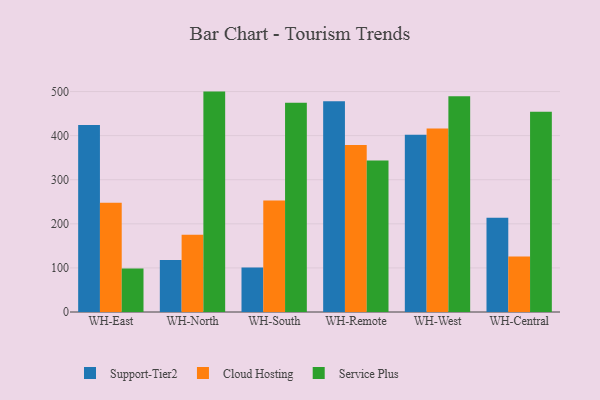
{"axis": {"x": "Warehouse", "y": "Latency (ms)"}, "legend": ["Cloud Hosting", "Service Plus", "Support-Tier2"], "data": [{"x": "WH-East", "y": 424.0, "type": "Support-Tier2"}, {"x": "WH-East", "y": 247.7, "type": "Cloud Hosting"}, {"x": "WH-East", "y": 98.4, "type": "Service Plus"}, {"x": "WH-North", "y": 118.2, "type": "Support-Tier2"}, {"x": "WH-North", "y": 175.3, "type": "Cloud Hosting"}, {"x": "WH-North", "y": 499.9, "type": "Service Plus"}, {"x": "WH-South", "y": 101.0, "type": "Support-Tier2"}, {"x": "WH-South", "y": 253.1, "type": "Cloud Hosting"}, {"x": "WH-South", "y": 474.5, "type": "Service Plus"}, {"x": "WH-Remote", "y": 478.0, "type": "Support-Tier2"}, {"x": "WH-Remote", "y": 378.7, "type": "Cloud Hosting"}, {"x": "WH-Remote", "y": 343.8, "type": "Service Plus"}, {"x": "WH-West", "y": 402.0, "type": "Support-Tier2"}, {"x": "WH-West", "y": 416.4, "type": "Cloud Hosting"}, {"x": "WH-West", "y": 489.2, "type": "Service Plus"}, {"x": "WH-Central", "y": 213.9, "type": "Support-Tier2"}, {"x": "WH-Central", "y": 125.6, "type": "Cloud Hosting"}, {"x": "WH-Central", "y": 454.2, "type": "Service Plus"}]}